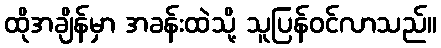
ထိုအချိန်မှာ အခန်းထဲသို့ သူပြန်ဝင်လာသည်။